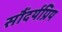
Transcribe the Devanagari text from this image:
सौंदर्यप्रिय